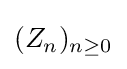
(Z_{n})_{n\geq 0}